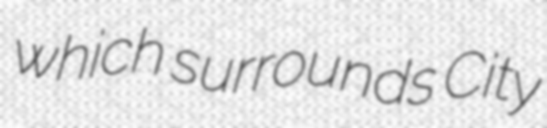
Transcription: which surrounds City